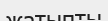
жатыпты